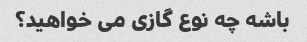
باشه چه نوع گازی می خواهید؟